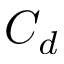
C _ { d }